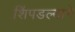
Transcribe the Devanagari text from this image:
शिंपडल्याने